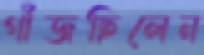
গাঁজছিলেন